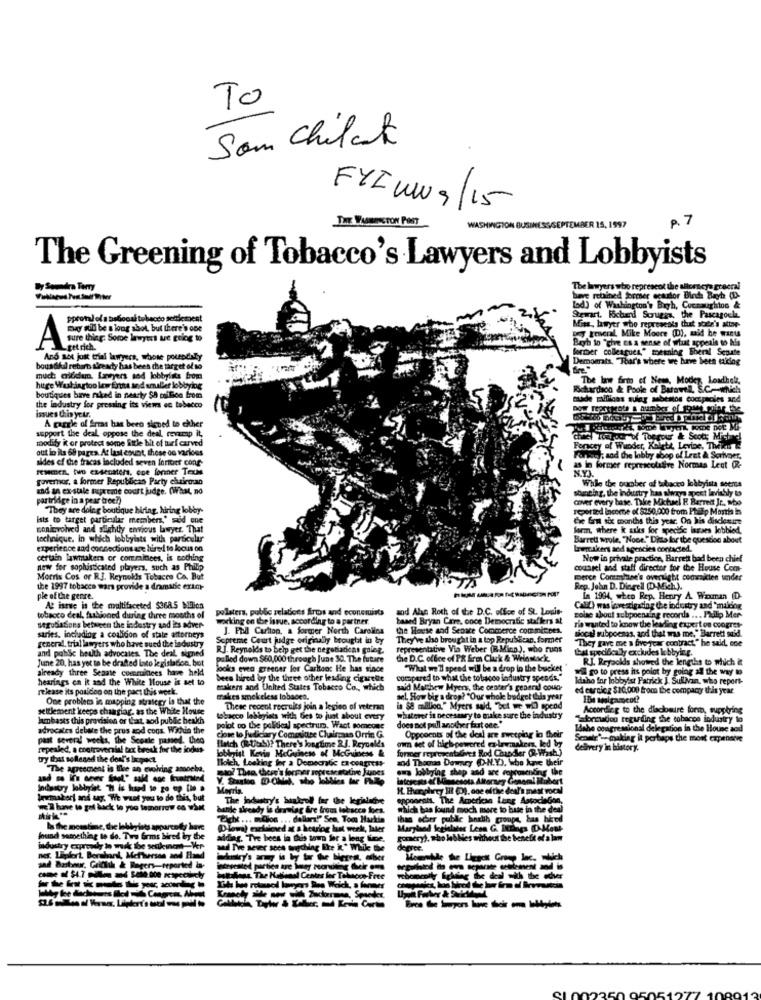
To
Som Chilat
FYI ww9/15
THE WASHINGTON POST
WASHINGTON BUSINES
SEPTEMBER 15, 1997
p. 7
The Greening of Tobacco's Lawyers and Lobbyists
The lawyers who represent the allornicya greeral
--
Bes retained former ecastor Bind Bayh (D.
lod) of Washington's Bayh, Connaughton &
pproml of a babocal tobacco settlement
Stewart, Richard Scruggs, the Pascas
Miss, lawyer who represents Chut sote's alto-
Dey teneral, Mike Moore (D), said he wants
AF be a long , but there's one
sure thing. Some lawyers te going to
Bagh to "che es a sense of what appeals to Na
-get rich.
forher colleagues." meaning Sheral Senate
And set just trial lawyers, whose potendoly
Democrats, That's where we have been taidog
bous Gfdl reborn already has been the target of so
much: alfdun, Lawyers sad lobbyists from
The law firm of Ness, Modez, Loadhel,
huge Washingtoo low Ertha and smaller lobbying
Richardson & Poole of Batowell, S.C .-- which
boutiques bave raked in nearty $8 mailico from
Bude millions sulag asbestos comproles and
the industry for pressing its viens en tobacco
Dow represente a number of foiet guine the
issues this yetr.
A gargle of Sres has been signed to either
support the deal, oppose the deal, revarap it,
modify it or protect some little bit of turf carved
chief Touroor of Toepour & Scott; Michel
out in its 68 pages. At last count, these on various
Forcey of Wunder, Kolett, Levine, Thelens
sides of the fracas included seven fortter cong
Forgery; and the lobby shop of Lent & Scrivoer,
filmen, two essenaters, coe forner Texas
as in former represcolalive Normas Legt (Re
governor, a former Republican Party chairman
While the oucher of tobacco lobbyists seems
and an ex-stale supreme court judge. (What, no
stunting, the industry has always apeet lavishly to
partridge in a pear tree?)
cover every base. Take Mictuel E Barrett Jr ., mbo
"They are doing boutique hiring, hiring lobby-
reported income of $250,000 from Ftalp Month in
Ists to target particular members,' said ene
the first six months this year. On his disclesure
coninvolved and slightly envious lawyer. That
form, where it asks for specific isses lobbied,
technique. in which lobbyists with particular
Barrett wrole, "Nooe." Dias for the question about
experience and connections are hired to focus on
Lawmakers and agencies contacted.
certain lawmakers or comminces, is nothing
Now in private practice, Barrett bad been chief
new for sophisticated players, such as Philip
counsel and staff director for the House Com-
Morris Cos or RJ. Reynolds Tobacco Co. But
TA
merce Commise's oversight comricien under
the 1997 tobacco wars provide a dramatic exim-
Rep. John D. Dingell (D-MichL).
ple of the genre.
In 1994, when Rep. Henry A Waxman (D.
At iste is the multifaceted $3685 Milion
polstera, public relations firms and economists
and Alan Roth of the D.C. office of St. Langis-
Call) was investigating the industry and *maidog
tobacco deal, fashioned during three months of
working on the issue, according to a partner.
based Bryan Care, once Democratic staffers al
solse about subpoenting records ... Philip Mer-
segubations between the industry and its aover-
J. Fpl Carlton, a former North Carolina
the House and Senate Commerce com mitees.
ria wanted to know the leading expert on coogres-
siocal subpoenas, and that was me," Barrett said.
saries, including a coalicon of state attorneys
Scpreme Court judge originally brought in by
They've also brought in a top Republican, former
"They gave me a fiveyear contract," he said, one
and public beuth advocates. The deal, signed
general, trial lawyers who have sued the industry
RJ. Reynolds to belp get the negotiations going.
representative Via Weber (R.Mina.), who runs
Ibal specifically excludes lobbying.
June 20, has yet to be drafted lato legislation, bot
pulled down $60,000 through June 30. The future
the D.C. office of PR Erm Chuck & Welestack
RI. Reyaokds showed the lengths to which it
already three Seaate comruinees have held
looks eva greener for Carton: He has since
"What we'll speed will be a drop in the bucket
wil go to press ins point by going all the way to
hearings en it and the White House is set to
been hired by the three other lesding cigarette
compared to what the tobacco industry spends."
Idaho for lobbyist Patrick J. Sullivan, who report-
release its position on the pact this week.
makers and United States Tobacco Co ., which
said Matthew Myers, the center's generid coun-
ed carcicz $10,000 from the company this year
One problems in mapping strategy is that the
makes smokeless tobacen.
sel. How big a drop? "Our whole budget this year
settlement keeps changing, as the White House
These recent recruits join a legion of veteran
is $8 million." Myers said, "but we wil spend
According to the dlaclomire fort, supplying
lambasts this provision or that, aod public heakh
tobacco lobbyists with Ges to just about every
whatever it necessary to make sure the industry
Taformation regarding the tobacco industry to
advocates debate the prus and cons. Within the
polot oo the polideal spectrum, Want someone
does not pull another fast one."
Idahe congressional delegation in the House aod
past several weeks, the Seeale passed. theo
close to Judiciary Comounce Clairzaas Orrin G.
Hlaich (R-Usb)? There's longtime 2]. Reynold's
om det of bich powered enlawmakers, led by
Opponents of the deal are swetplar in their
Scontr"- making it perhaps the most expensive
repealed, a controversial tax beeck for the indus
lobbyist Kevin McGuiness of McGuiness &
forcer representaGres Rod Chandler OR-Washy
delivery in history.
try that softened the deal's Inpact.
Tkoich, Looking for a DomechGc Ex-csagress-
ad Thomas Downry (D.N.Y), Who have their
The agreement is file an evolving amoeba,
sas lobbying shop and are copcosending the
V. Sake DONT
lateseats el Minnesota Attorney General Robert
Industry lobbyist H is hard to go up the .
Morris.
H. Ehanghurry III (), one ofthe deal's mast vocal
Irmakorf and say. We want you to do this, but
The industry's bankroll for the legislathe
opponents. The American Lung Associados,
we'll have to get back to you tomorrow ca what
banle already in derelag Gre from tobacco kes.
which bas found moch mere to bute in the deal
Tiche ... moon ... dollar!" Sen, Tom Harkin
than ocher public harth groups, bas hired
la the meantime, the lobby ists apparcody have
Dlowi) meldenved at a keurlog hat werk, later
Maryland Sociales
found something to do. Tiw Grms bired by the
aiding. Tre bees la this town for a long lime.
gomery), who labNes without the benefit of a lamm